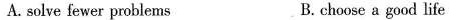
A.solve fewer problems B. choose a good life